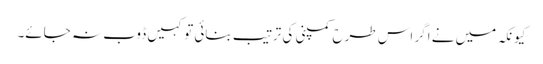
کیونکہ میں نے اگر اس طرح کمپنی کی ترتیب بنائی تو کہیں ڈوب نہ جائے۔